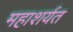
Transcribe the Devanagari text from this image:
महाशर्यत